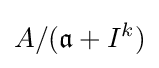
A/({\mathfrak {a}}+I^{k})